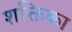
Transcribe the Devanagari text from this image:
शक्तिका